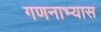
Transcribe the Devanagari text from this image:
गणनाभ्यास